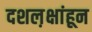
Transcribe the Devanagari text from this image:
दशल़क्षांहून